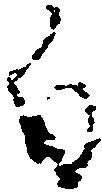
白